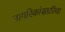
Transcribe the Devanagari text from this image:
नागरिकांसाठीचा